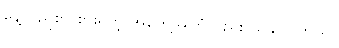
နေ့လည်စာ စားရတဲ့ အတွေ့အကြုံလည်း ယူနိုင်ပါတယ်။